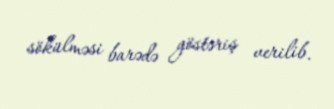
sökülməsi barədə göstəriş verilib.